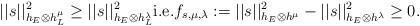
LaTeX: \begin{align*} ||s||^2_{h_E\otimes h_L^\mu}\geq||s||^2_{h_E\otimes h_L^\lambda} \mathrm{i.e.} f_{s,\mu,\lambda}:=||s||^2_{h_E\otimes h^\mu}-||s||^2_{h_E\otimes h^\lambda}\geq0. \end{align*}